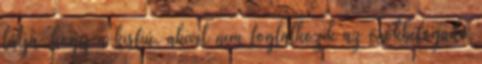
látja, hogy a kisfiú, akivel nem foglalkozik az örökbefogadó